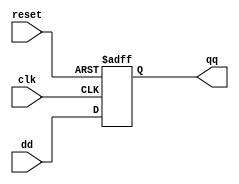
`timescale 1ns / 1ps
//////////////////////////////////////////////////////////////////////////////////
// Company: 
// Engineer: 
// 
// Design Name: 
// Module Name:    RegistroSinEN 
// Project Name: 
// Target Devices: 
// Tool versions: 
// Description: 
//
// Dependencies: 
//
// Revision: 
// Revision 0.01 - File Created
// Additional Comments: 
//
//////////////////////////////////////////////////////////////////////////////////
module RegistroSinEN#(parameter bits=12)(

input wire clk, reset ,
input wire [bits-1:0] dd ,
output reg [bits-1:0] qq
);

always @(posedge clk, posedge reset)
begin
if (reset)
qq <= 0;
else 
qq <= dd ;
end
endmodule